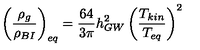
\left( { \frac { \rho _ { g } } { \rho _ { B I } } } \right) _ { e q } = { \frac { 6 4 } { 3 \pi } } h _ { G W } ^ { 2 } \left( { \frac { T _ { k i n } } { T _ { e q } } } \right) ^ { 2 }